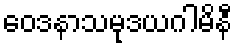
ဝေဒနာသမုဒယဂါမိနီ